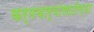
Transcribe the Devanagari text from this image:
कर्मचार्‍यांसाठीच्या